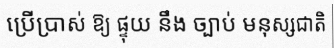
ប្រើប្រាស់ ឱ្យ ផ្ទុយ នឹង ច្បាប់ មនុស្សជាតិ